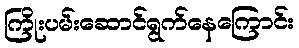
ကြိုးပမ်းဆောင်ရွက်နေကြောင်း